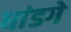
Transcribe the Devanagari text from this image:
धांडगे